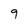
Character: 9